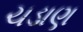
ચડાણ